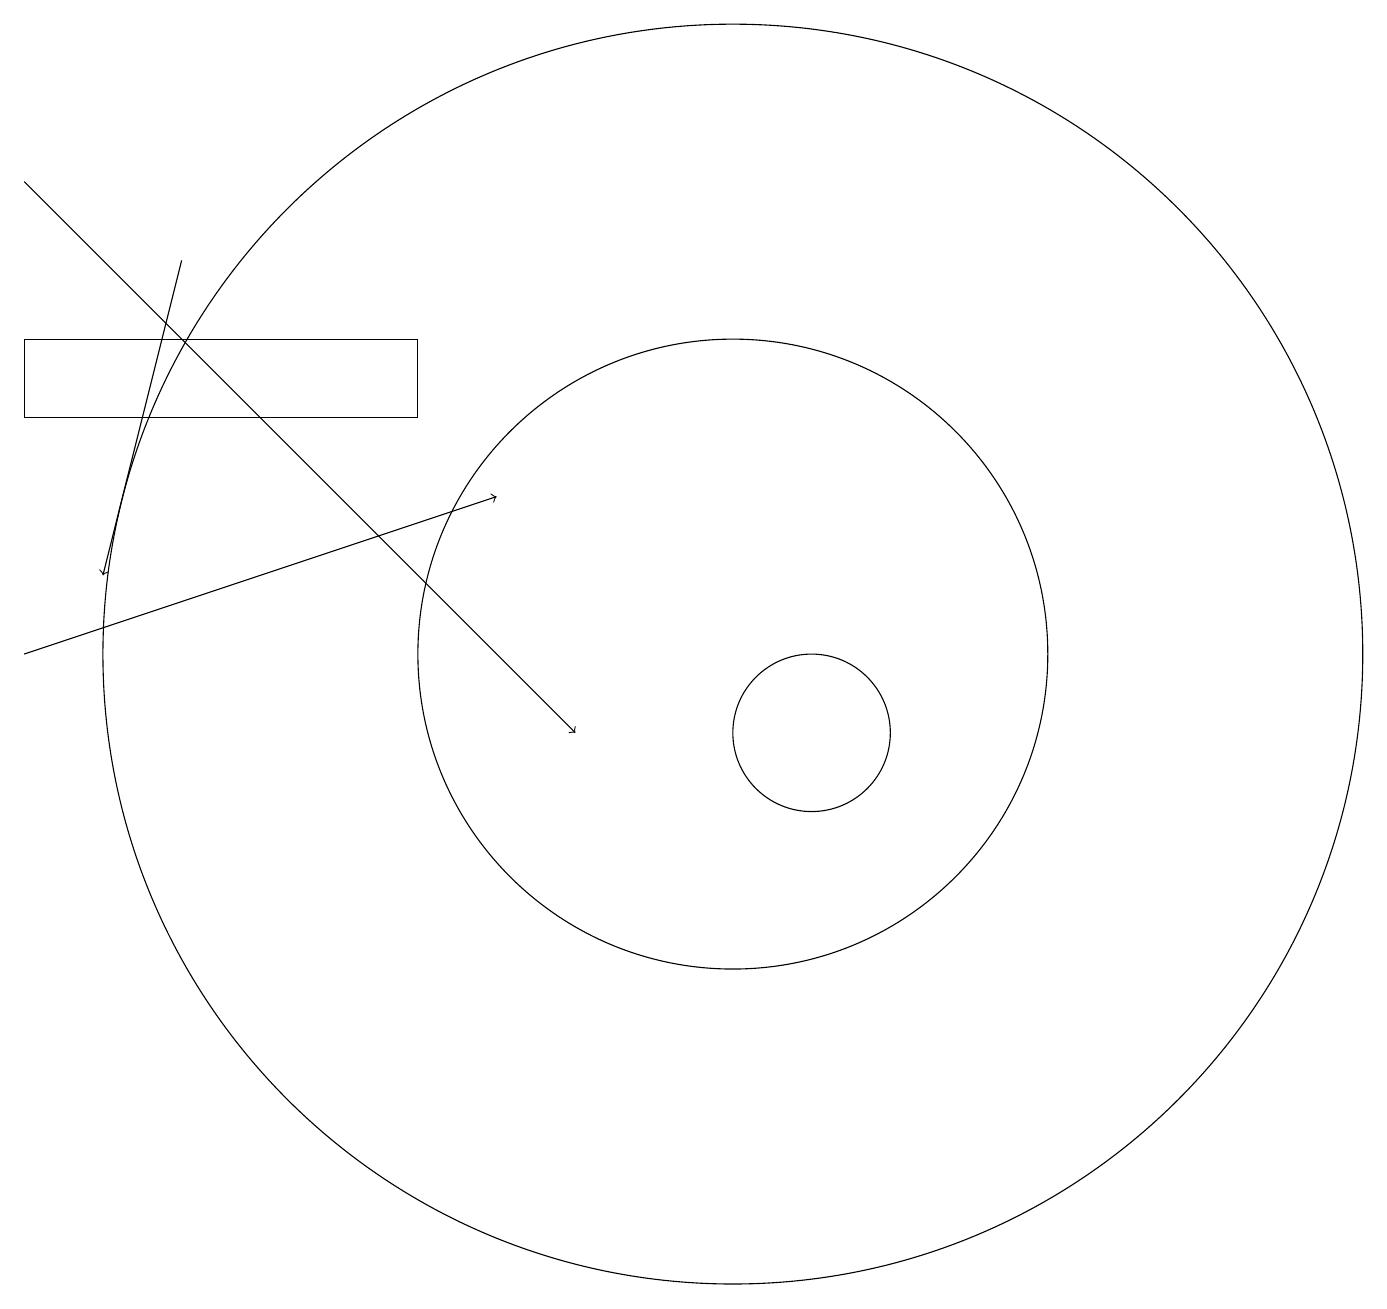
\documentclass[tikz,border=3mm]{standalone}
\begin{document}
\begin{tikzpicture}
\draw (10,12) circle (8);
\draw (1,15) rectangle (6,16);
\draw[->] (1,12) -- (7,14);
\draw (10,12) circle (4);
\draw (11,11) circle (1);
\draw[->] (1,18) -- (8,11);
\draw[->] (3,17) -- (2,13);
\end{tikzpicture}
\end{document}